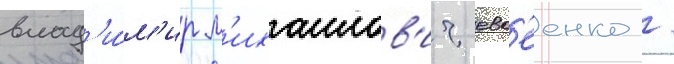
влад'и́м'ир м'ихаилов'ич евс'еенко /